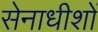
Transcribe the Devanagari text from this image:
सेनाधीशों